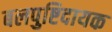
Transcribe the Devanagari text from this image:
बलपुष्टिदायक